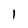
Character: 1